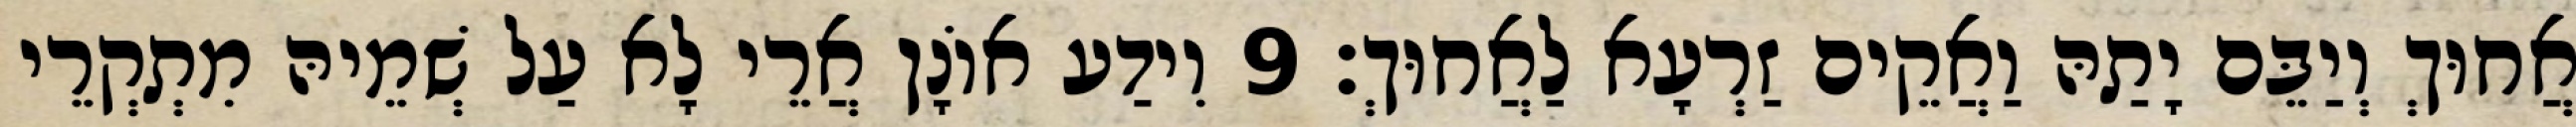
אֲחוּךְ וְיַבֵּם יָתַהּ וַאֲקֵים זַרְעָא לַאֲחוּךְ׃ 9 וִידַע אוֹנָן אֲרֵי לָא עַל שְׁמֵיהּ מִתְקְרֵי